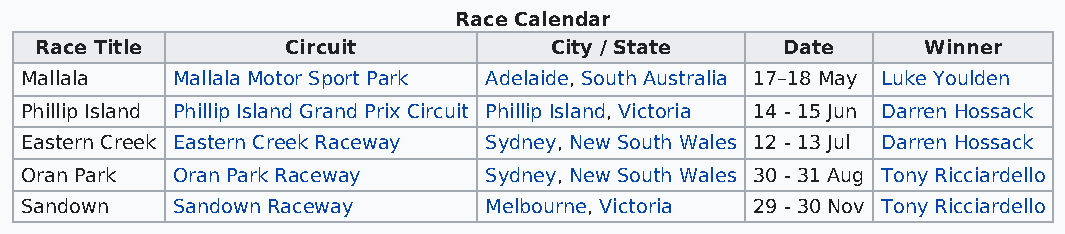
Race Calendar
 Race Title       Circuit          City / State    Date     Winner
 Mallala   Mallala Motor Sport Park Adelaide, South Australia 17–18 May Luke Youlden
 Phillip Island Phillip Island Grand Prix Circuit Phillip Island, Victoria 14 - 15 Jun Darren Hossack
 Eastern Creek Eastern Creek Raceway Sydney, New South Wales 12 - 13 Jul Darren Hossack
 Oran Park Oran Park Raceway    Sydney, New South Wales 30 - 31 Aug Tony Ricciardello
 Sandown   Sandown Raceway      Melbourne, Victoria 29 - 30 Nov Tony Ricciardello